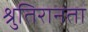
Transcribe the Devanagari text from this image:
श्रुतिरानता